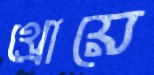
থ্রোয়ে